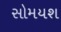
સોમયશ